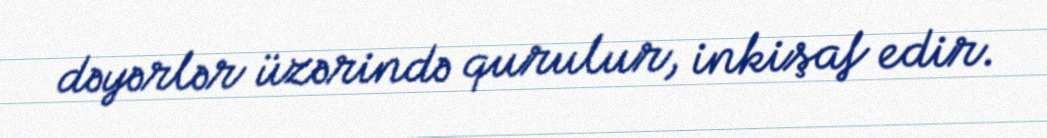
dəyərlər üzərində qurulur, inkişaf edir.